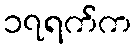
၁၇ရက်က